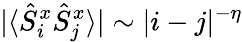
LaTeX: |\langle\hat{S}_{i}^{x}\hat{S}_{j}^{x}\rangle|\sim|i-j|^{-\eta}